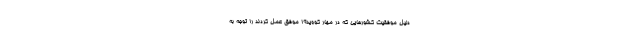
دلیل موفقیت کشورهایی که در مهار کووید۱۹ موفق عمل کردند را توجه به